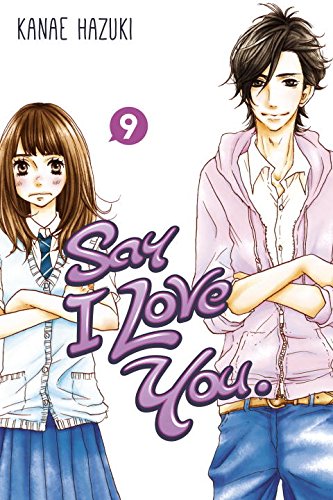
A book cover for Say I Love You. 9; Kanae Hazuki; Comics & Graphic Novels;